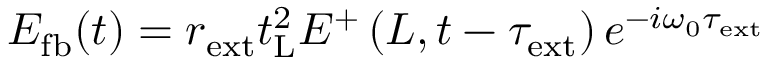
\begin{array} { r } { E _ { \mathrm { f b } } ( t ) = r _ { \mathrm { e x t } } t _ { \mathrm { L } } ^ { 2 } E ^ { + } \left( L , t - \tau _ { \mathrm { e x t } } \right) e ^ { - i \omega _ { 0 } \tau _ { \mathrm { e x t } } } } \end{array}